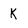
Character: k